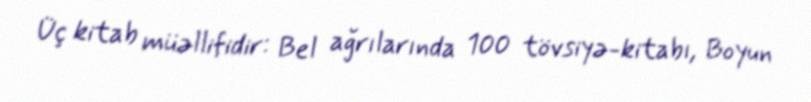
Üç kitab müəllifidir: Bel ağrılarında 100 tövsiyə-kitabı, Boyun